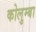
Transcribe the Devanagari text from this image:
कोलुम्बा